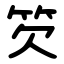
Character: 䇜